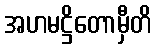
အဟမဋ္ဌိတောမှီတိ